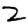
Digit: 2